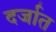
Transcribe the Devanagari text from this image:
दर्जात